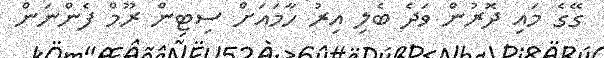
ގޭގެ މައި ދޮރުން ވަދެ ބެލި އިރު ހާމައަށް ސިޓިން ރޫމް ފެންނަން